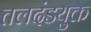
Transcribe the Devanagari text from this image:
तलदंडयुक्त